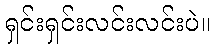
ရှင်းရှင်းလင်းလင်းပဲ။